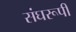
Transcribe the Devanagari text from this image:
संघरूपी